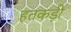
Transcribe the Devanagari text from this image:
हतकड़ी